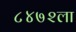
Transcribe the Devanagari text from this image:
८४७२ला